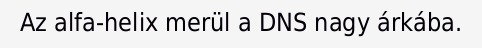
Az alfa-helix merül a DNS nagy árkába.